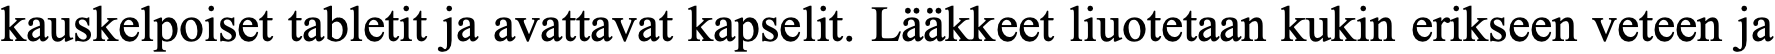
kauskelpoiset tabletit ja avattavat kapselit. Lääkkeet liuotetaan kukin erikseen veteen ja